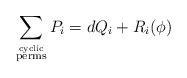
LaTeX: \begin{align*}\sum_{\stackrel{\rm{cyclic}}{\rm{perms}}} P_{i} = d Q_{i} + R_{i}(\phi)\end{align*}